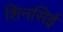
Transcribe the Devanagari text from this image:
शिनसिई